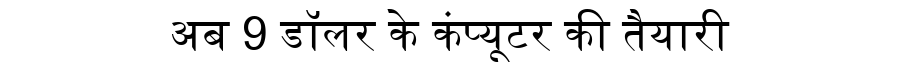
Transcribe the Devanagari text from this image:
अब 9 डॉलर के कंप्यूटर की तैयारी